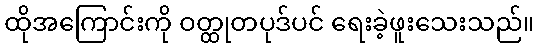
ထိုအကြောင်းကို ဝတ္ထုတပုဒ်ပင် ရေးခဲ့ဖူးသေးသည်။